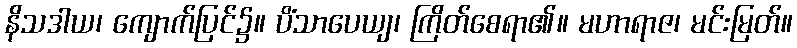
နိသဒါယ၊ ကျောက်ပြင်၌။ ပိံသာပေယျ၊ ကြိတ်စေရာ၏။ မဟာရာဇ၊ မင်းမြတ်။